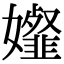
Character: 𡤋